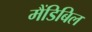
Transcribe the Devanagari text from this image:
मैंडिबिल